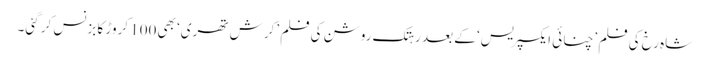
شاہ رخ کی فلم ’چنائی ایکسپریس‘ کے بعد رہتک روشن کی فلم ’کرش تھری‘ بھی 100 کروڑ کا بزنس کر گئی۔